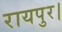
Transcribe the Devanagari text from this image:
रायपुर।